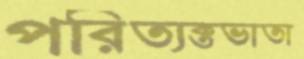
পরিত্যক্তভাতা